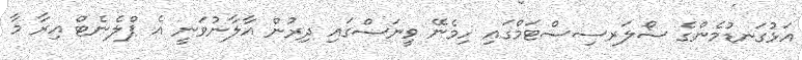
އަޅުގަނޑުމެންގެ ސޯލަރސިސްޓަމްގައި ހިމެނޭ ވީނަސްގައި ދިރުން އާލާނުވަނީ އެ ޕްލެނެޓް އިރާ މާ